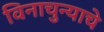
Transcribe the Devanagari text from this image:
विनाचुन्याचे